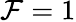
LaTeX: \mathcal{F}=1